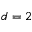
d = 2